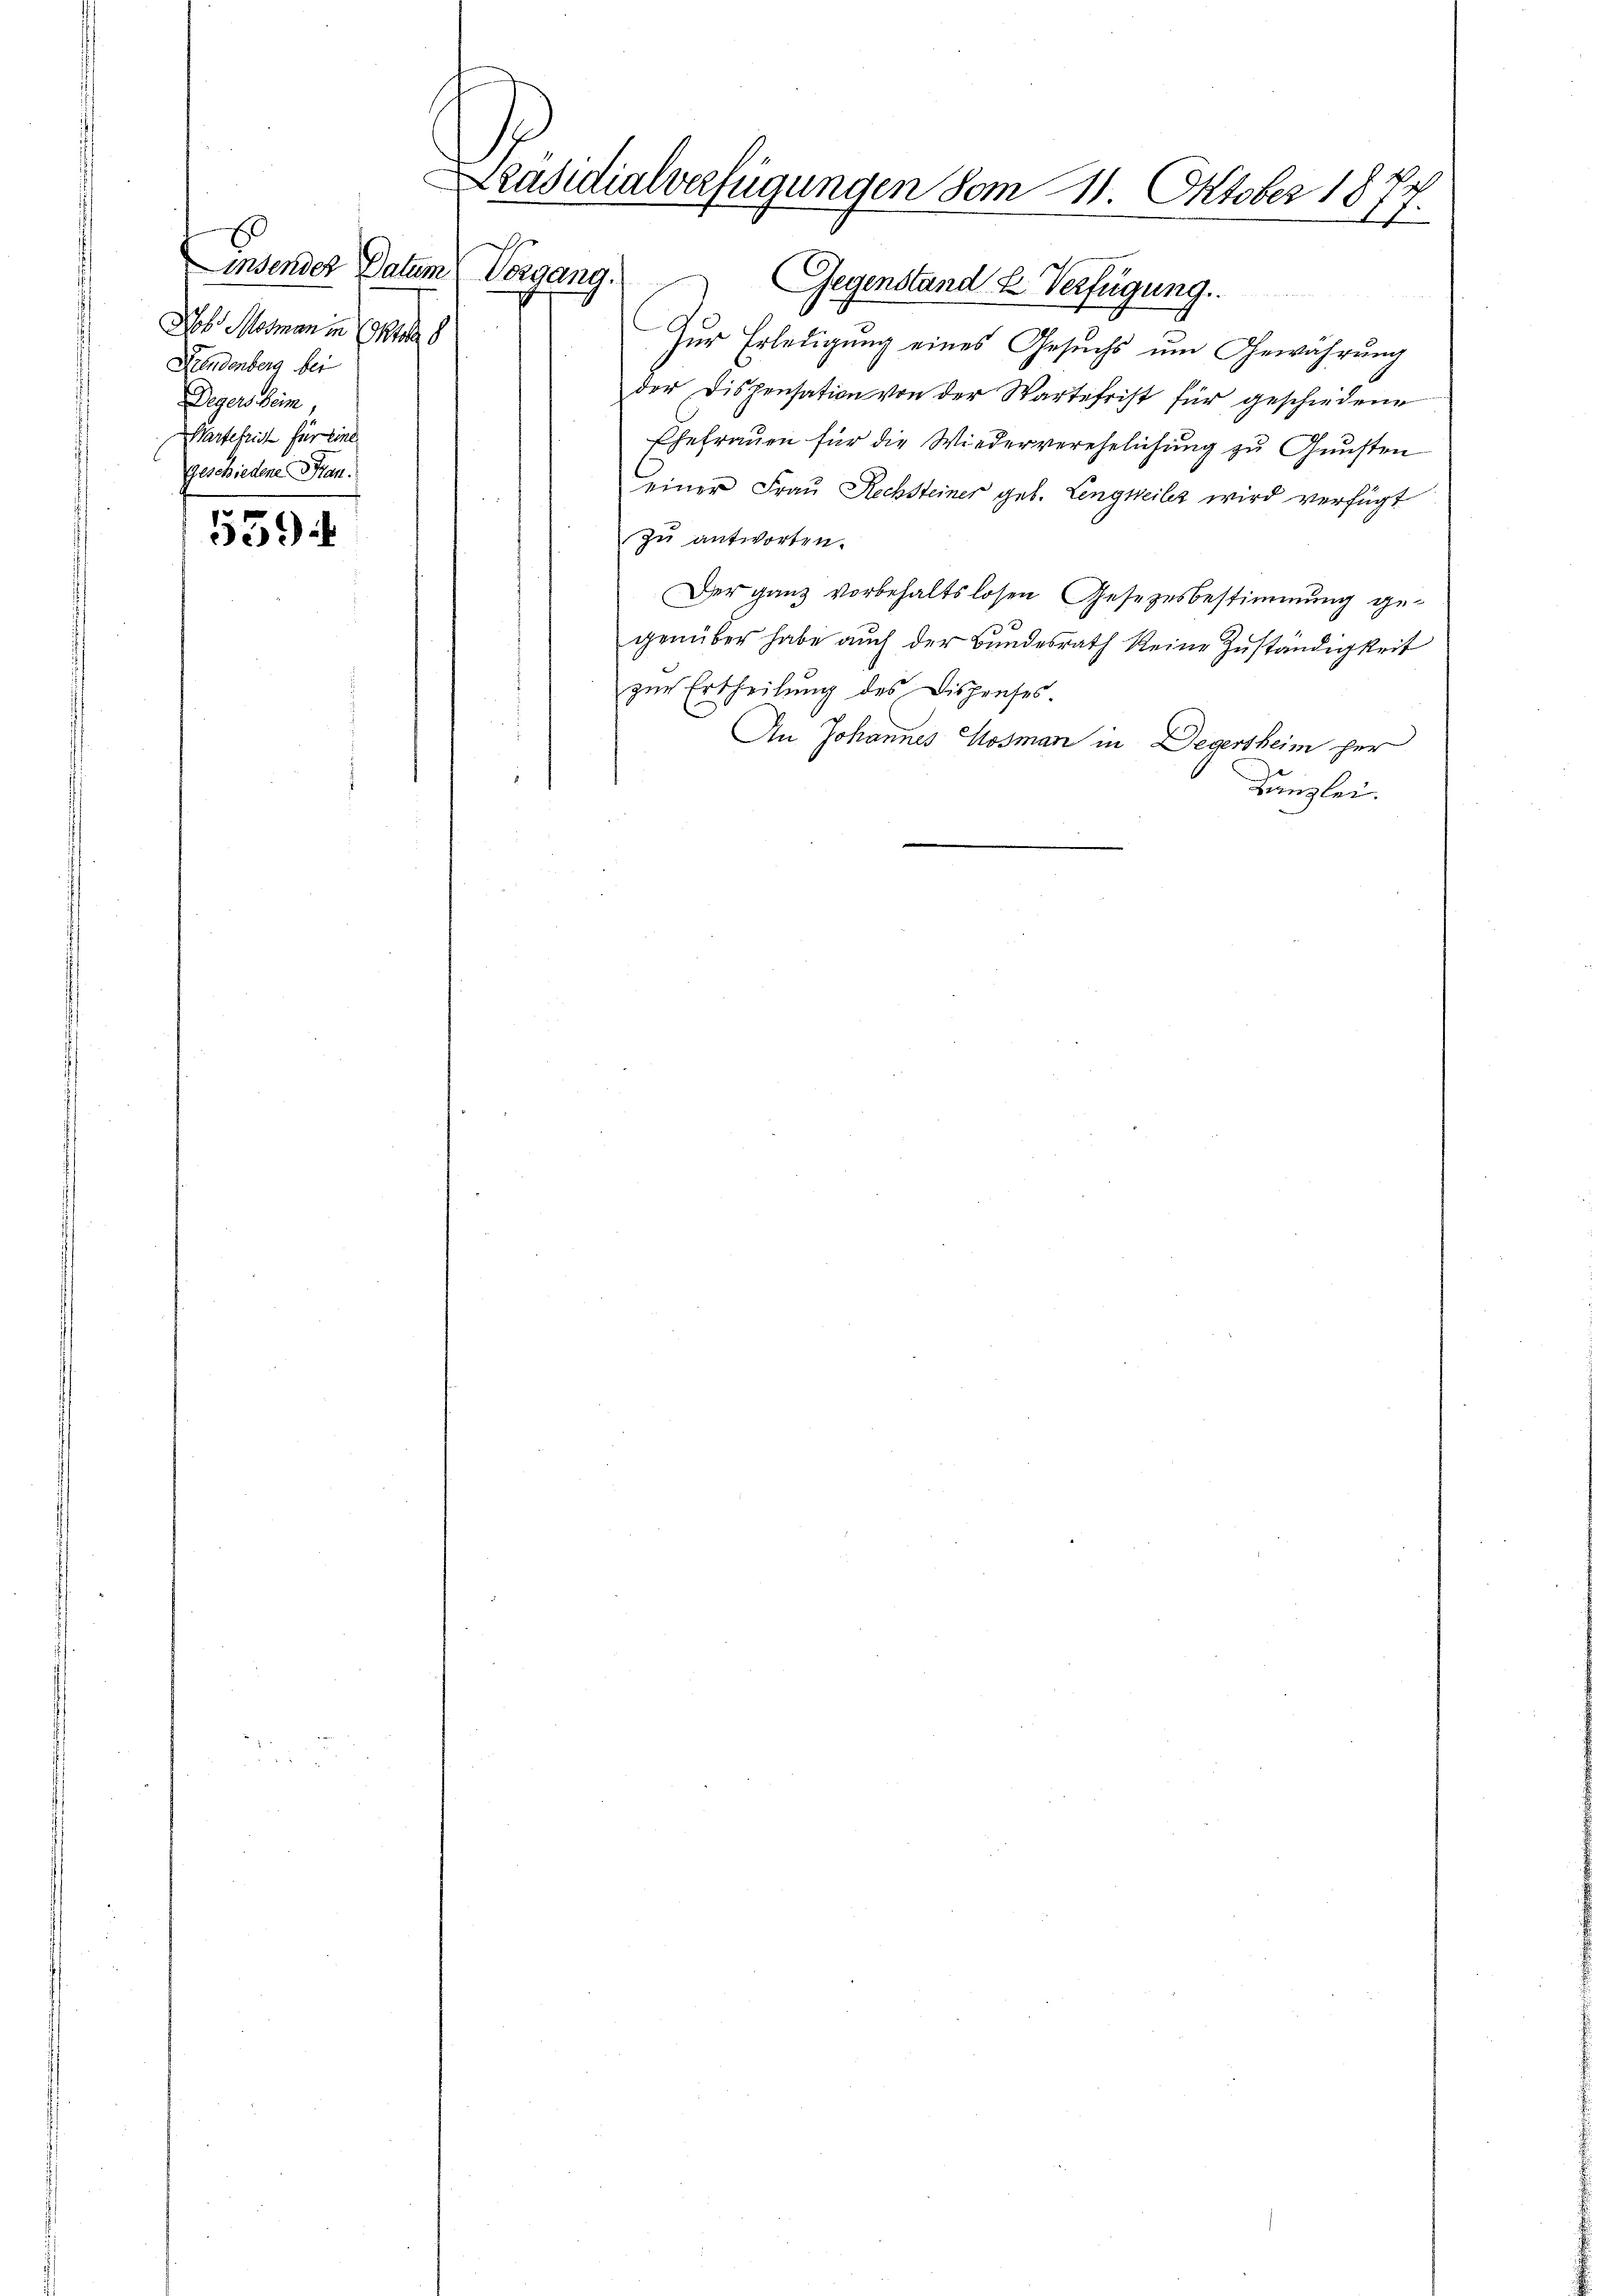
E
Linsender Datum Vorgang.
Joh. Marmen in Ehren
Dzendenberg bei
Degers Sein
Wartefrich für eine
geschiedene Han

e
e) i

räsidialverfügungen vom 11. Oktober 18
7

Gegenstand k. Verfügung.
Zur Erledigung eines Gesuchs um Gewahrung
der Dispensation von der Wartefrist für geschiedene
Ehefrauen für die Wiederverehelichung zu Gunsten
einer Frau Rechsteiner geb. Lengweiler wird verfügt
zu antworten.
Der ganz vorbehaltslosen Gesetzesbestimmung gegenüber habe auch der Bundesrath keine Zuständigkeit
zur Ertheilung des Dispenses.
An Johannes Mosman in Degertheim her
Kanzlei.